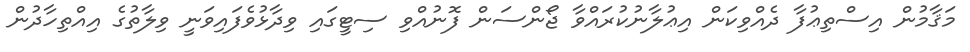
މަޤާމުން އިސްތިޢުފާ ދެއްވިކަން އިޢުލާނުކުރައްވާ ޖޯންސަން ފޮނުއްވި ސިޓީގައި ވިދާޅުވެފައިވަނީ ވިލާތުގެ އިއްތިހާދުން